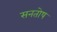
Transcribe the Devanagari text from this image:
सनतोष